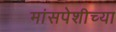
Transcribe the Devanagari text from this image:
मांसपेशीच्या